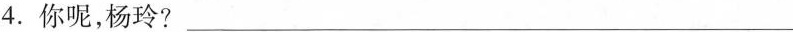
4.你呢，杨玲?__________________________________________